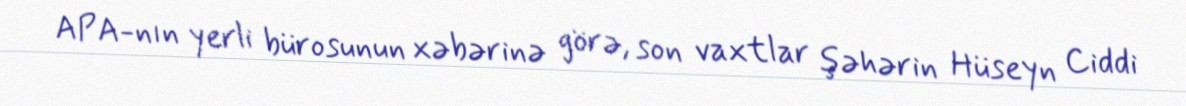
APA-nın yerli bürosunun xəbərinə görə, son vaxtlar şəhərin Hüseyn Ciddi